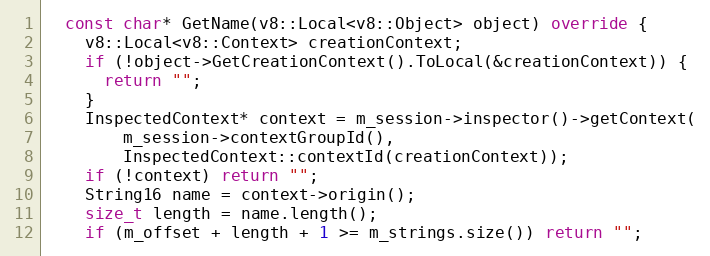
Language: C++
  const char* GetName(v8::Local<v8::Object> object) override {
    v8::Local<v8::Context> creationContext;
    if (!object->GetCreationContext().ToLocal(&creationContext)) {
      return "";
    }
    InspectedContext* context = m_session->inspector()->getContext(
        m_session->contextGroupId(),
        InspectedContext::contextId(creationContext));
    if (!context) return "";
    String16 name = context->origin();
    size_t length = name.length();
    if (m_offset + length + 1 >= m_strings.size()) return "";